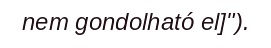
nem gondolható el]").